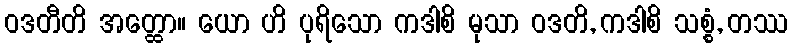
ဝဒတီတိ အတ္ထော။ ယော ဟိ ပုရိသော ကဒါစိ မုသာ ဝဒတိ, ကဒါစိ သစ္စံ, တဿ